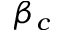
\beta _ { c }